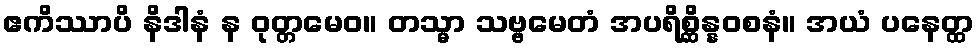
ဧကိဿာပိ နိဒါနံ န ဝုတ္တမေဝ။ တသ္မာ သဗ္ဗမေတံ အပရိစ္ဆိန္နဝစနံ။ အယံ ပနေတ္ထ